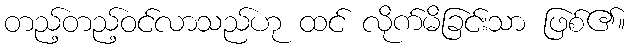
တည့်တည့်ဝင်လာသည်ဟု ထင် လိုက်မိခြင်းသာ ဖြစ်၏။